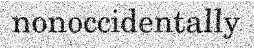
nonoccidentally